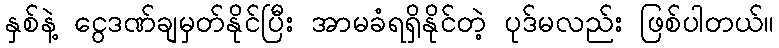
နှစ်နဲ့ ငွေဒဏ်ချမှတ်နိုင်ပြီး အာမခံရရှိနိုင်တဲ့ ပုဒ်မလည်း ဖြစ်ပါတယ်။